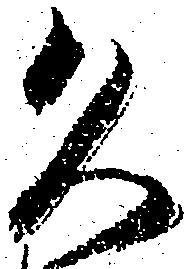
久